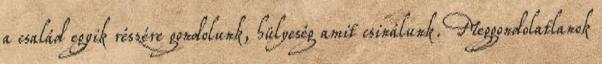
a család egyik részére gondolunk, hülyeség amit csinálunk. Meggondolatlanok